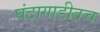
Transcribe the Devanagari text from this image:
घंटागाडीतच